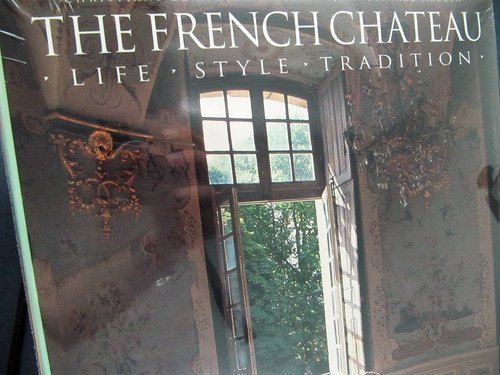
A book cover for French Chateau: Life, Style, Tradition; Christiane de Nicolay-Mazery; Arts & Photography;